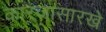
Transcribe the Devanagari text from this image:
कारंजासारखे